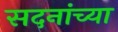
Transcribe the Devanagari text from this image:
सदनांच्या